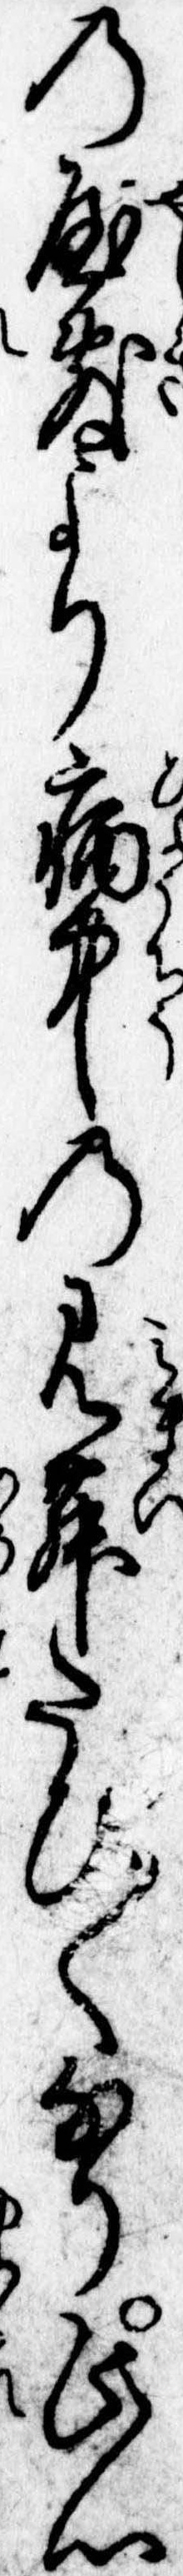
の屋敷より病中の見舞たび〱なり此心